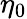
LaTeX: \eta_{0}